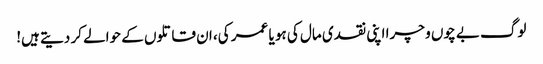
لوگ بے چوں و چرا اپنی نقدی مال کی ہو یا عمر کی، ان قاتلوں کے حوالے کر دیتے ہیں!